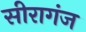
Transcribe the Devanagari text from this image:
सीरागंज